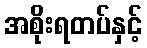
အစိုးရတပ်နှင့်